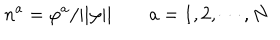
n ^ { a } = \varphi ^ { a } / | | \varphi | | \qquad { } a = 1 , 2 , \cdots , N